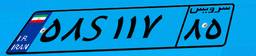
۶۶S۶۲۴۳۵